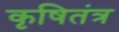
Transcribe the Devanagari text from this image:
कृषितंत्र